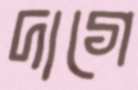
দাগে